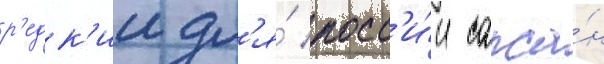
р'едк'ии дл'я́ росс'и́и сапса́н